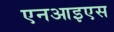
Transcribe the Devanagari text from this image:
एनआइएस